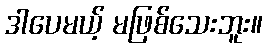
ဒါပေမယ့် မဖြစ်သေးဘူး။